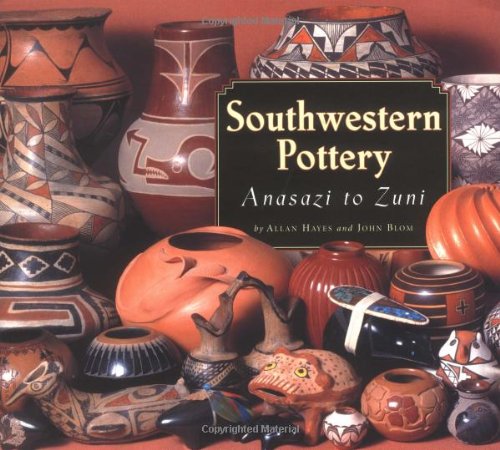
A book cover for Southwestern Pottery: Anasazi to Zuni; Allan Hayes; Crafts, Hobbies & Home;